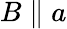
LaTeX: B\parallel{}a